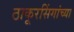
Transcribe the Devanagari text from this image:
ठाकूरसिंगांच्या